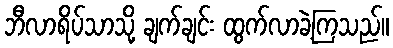
ဘီလာရိပ်သာသို့ ချက်ချင်း ထွက်လာခဲ့ကြသည်။